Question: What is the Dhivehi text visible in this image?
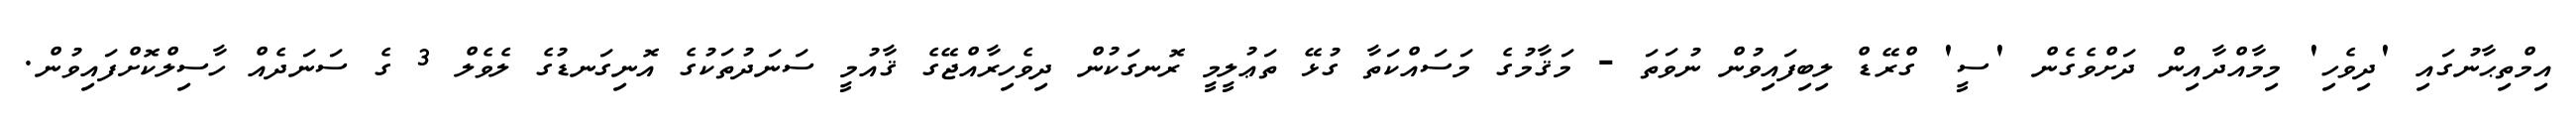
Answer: އިމްތިޙާނުގައި 'ދިވެހި' މިމާއްދާއިން ދަށްވެގެން 'ސީ' ގްރޭޑް ލިބިފައިވުން ނުވަތަ - މަޤާމުގެ މަސައްކަތާ ގުޅޭ ތަޢުލީމީ ރޮނގަކުން ދިވެހިރާއްޖޭގެ ޤާއުމީ ސަނަދުތަކުގެ އޮނިގަނޑުގެ ލެވެލް 3 ގެ ސަނަދެއް ހާސިލްކޮށްފައިވުން.